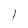
Character: l